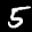
Label: 5